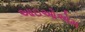
આઇઓએમ